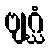
ဗျဂ္ဃံ